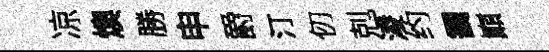
凉燠勝申爵汀仞剋淩约靄巔